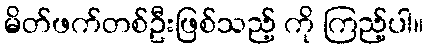
မိတ်ဖက်တစ်ဦးဖြစ်သည့် ကို ကြည့်ပါ။